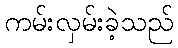
ကမ်းလှမ်းခဲ့သည်